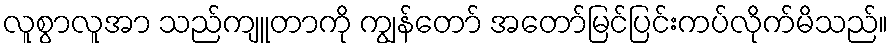
လူစွာလူအာ သည်ကျူတာကို ကျွန်တော် အတော်မြင်ပြင်းကပ်လိုက်မိသည်။